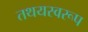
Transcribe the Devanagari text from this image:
तथयस्वरूप